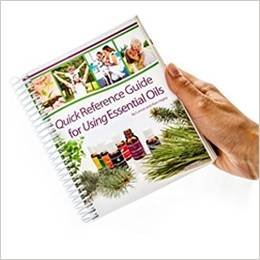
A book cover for Quick Reference Guide for Using Essential Oils; Connie Higley; Health, Fitness & Dieting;